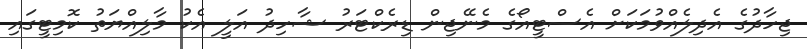
ޖިހާދުގެ އެދިލެއްވުމަކަށް އެސްޓީއޯގެ މެނޭޖިން ޑިރެކްޓަރު ޝާހިދު އަލީ އެކު މާލިއްޔަތު ކޮމިޓީގައި